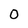
Character: 0